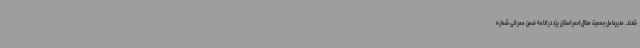
شدند. مدیرعامل جمعیت هلال احمر استان یزد در ادامه ضمن معرفی شماره